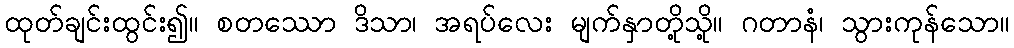
ထုတ်ချင်းထွင်း၍။ စတဿော ဒိသာ၊ အရပ်လေး မျက်နှာတို့သို့။ ဂတာနံ၊ သွားကုန်သော။